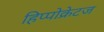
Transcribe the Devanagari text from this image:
हिप्पोक्रेटज